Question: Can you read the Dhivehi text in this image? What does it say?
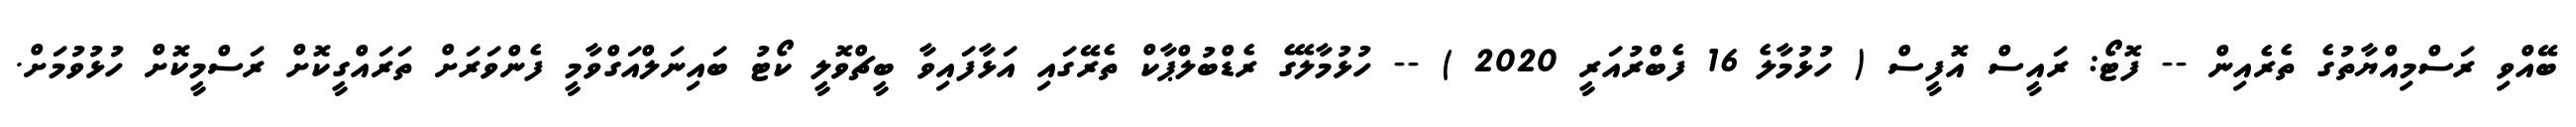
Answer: ބޭއްވި ރަސްމިއްޔާތުގެ ތެރެއިން -- ފޮޓޯ: ރައީސް އޮފީސް ( ހުޅުމާލެ 16 ފެބްރުއަރީ 2020 ) -- ހުޅުމާލޭގެ ރެޑްބުލްޕާކް ތެރޭގައި އަޅާފައިވާ ބީޗްވޮލީ ކޯޓު ބައިނަލްއަގްވާމީ ފެންވަރަށް ތަރައްގީކޮށް ރަސްމީކޮށް ހުޅުވުމަށް.